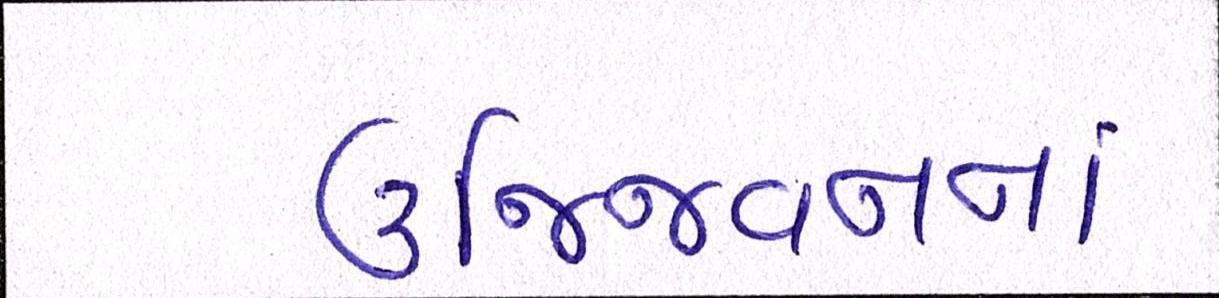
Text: ઉજ્જિવનના